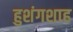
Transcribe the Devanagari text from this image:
हुशंगशाह